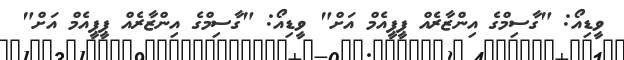
ވީޑިއޯ: "ގާސިމްގެ އިންޒާރެއް ޕީޕީއެމް އަށް" ވީޑިއޯ: "ގާސިމްގެ އިންޒާރެއް ޕީޕީއެމް އަށް"